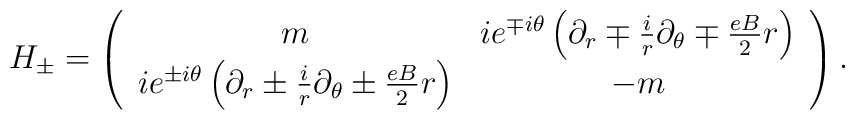
H_{\pm} = \left(\begin{array}{cc} m & ie^{\mp i\theta}\left(\partial_{r}\mp\frac{i}{r}\partial_{\theta}\mp\frac{eB}{2}r\right)\\  ie^{\pm i\theta}\left(\partial_{r}\pm\frac{i}{r}\partial_{\theta}\pm\frac{eB}{2}r\right)& -m\end{array}\right) .